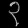
Digit: ၃